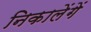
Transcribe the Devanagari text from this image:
निकालेंगें